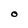
Character: O